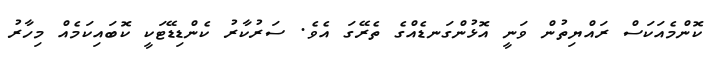
ކޮންމެއަކަސް ރައްޔިތުން ވަނީ އޮޅުންގަނޑެއްގެ ތެރޭގަ އެވެ. ސަރުކާރު ކެންޑިޑޭޓަކީ ކޮބައިކަމެއް މިހާރު